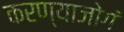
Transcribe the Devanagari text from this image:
करण्याजोगं